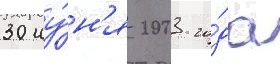
30 иу́н'я 2003 го́да